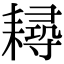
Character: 𦔘